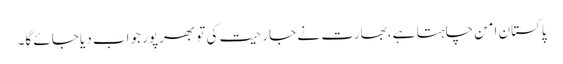
پاکستان امن چاہتا ہے، بھارت نے جارحیت کی تو بھرپور جواب دیا جائے گا۔